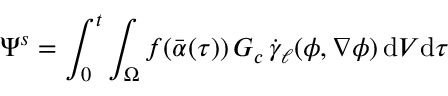
\Psi ^ { s } = \int _ { 0 } ^ { t } \int _ { \Omega } f ( \bar { \alpha } ( \tau ) ) \, G _ { c } \, \dot { \gamma } _ { \ell } ( \phi , \nabla \phi ) \, \mathrm { d } V \mathrm { d } \tau